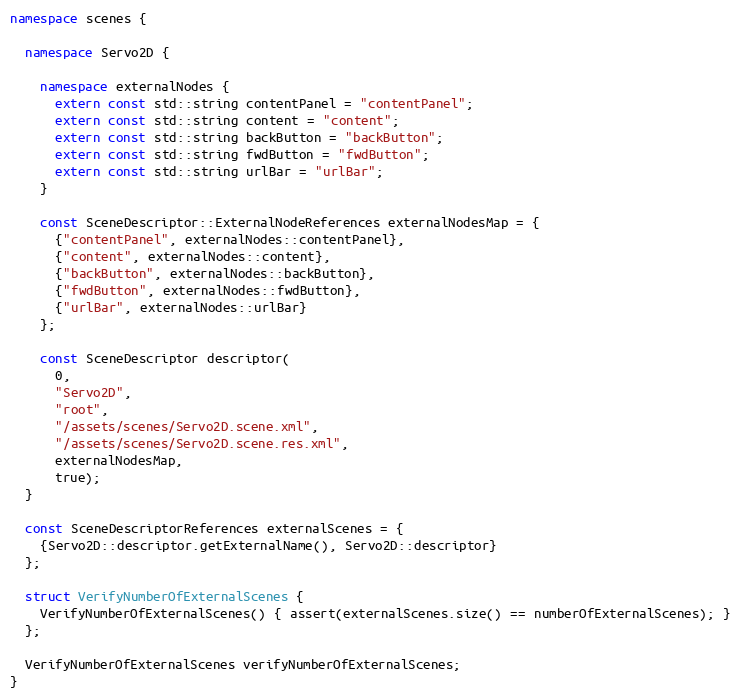
Language: C++
namespace scenes {

  namespace Servo2D {

    namespace externalNodes {
      extern const std::string contentPanel = "contentPanel";
      extern const std::string content = "content";
      extern const std::string backButton = "backButton";
      extern const std::string fwdButton = "fwdButton";
      extern const std::string urlBar = "urlBar";
    }

    const SceneDescriptor::ExternalNodeReferences externalNodesMap = {
      {"contentPanel", externalNodes::contentPanel},
      {"content", externalNodes::content},
      {"backButton", externalNodes::backButton},
      {"fwdButton", externalNodes::fwdButton},
      {"urlBar", externalNodes::urlBar}
    };

    const SceneDescriptor descriptor(
      0,
      "Servo2D",
      "root",
      "/assets/scenes/Servo2D.scene.xml",
      "/assets/scenes/Servo2D.scene.res.xml",
      externalNodesMap,
      true);
  }

  const SceneDescriptorReferences externalScenes = {
    {Servo2D::descriptor.getExternalName(), Servo2D::descriptor}
  };

  struct VerifyNumberOfExternalScenes {
    VerifyNumberOfExternalScenes() { assert(externalScenes.size() == numberOfExternalScenes); }
  };

  VerifyNumberOfExternalScenes verifyNumberOfExternalScenes;
}